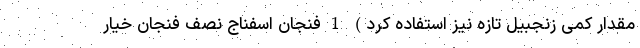
مقدار کمی زنجبیل تازه نیز استفاده کرد) 1 فنجان اسفناج نصف فنجان خیار